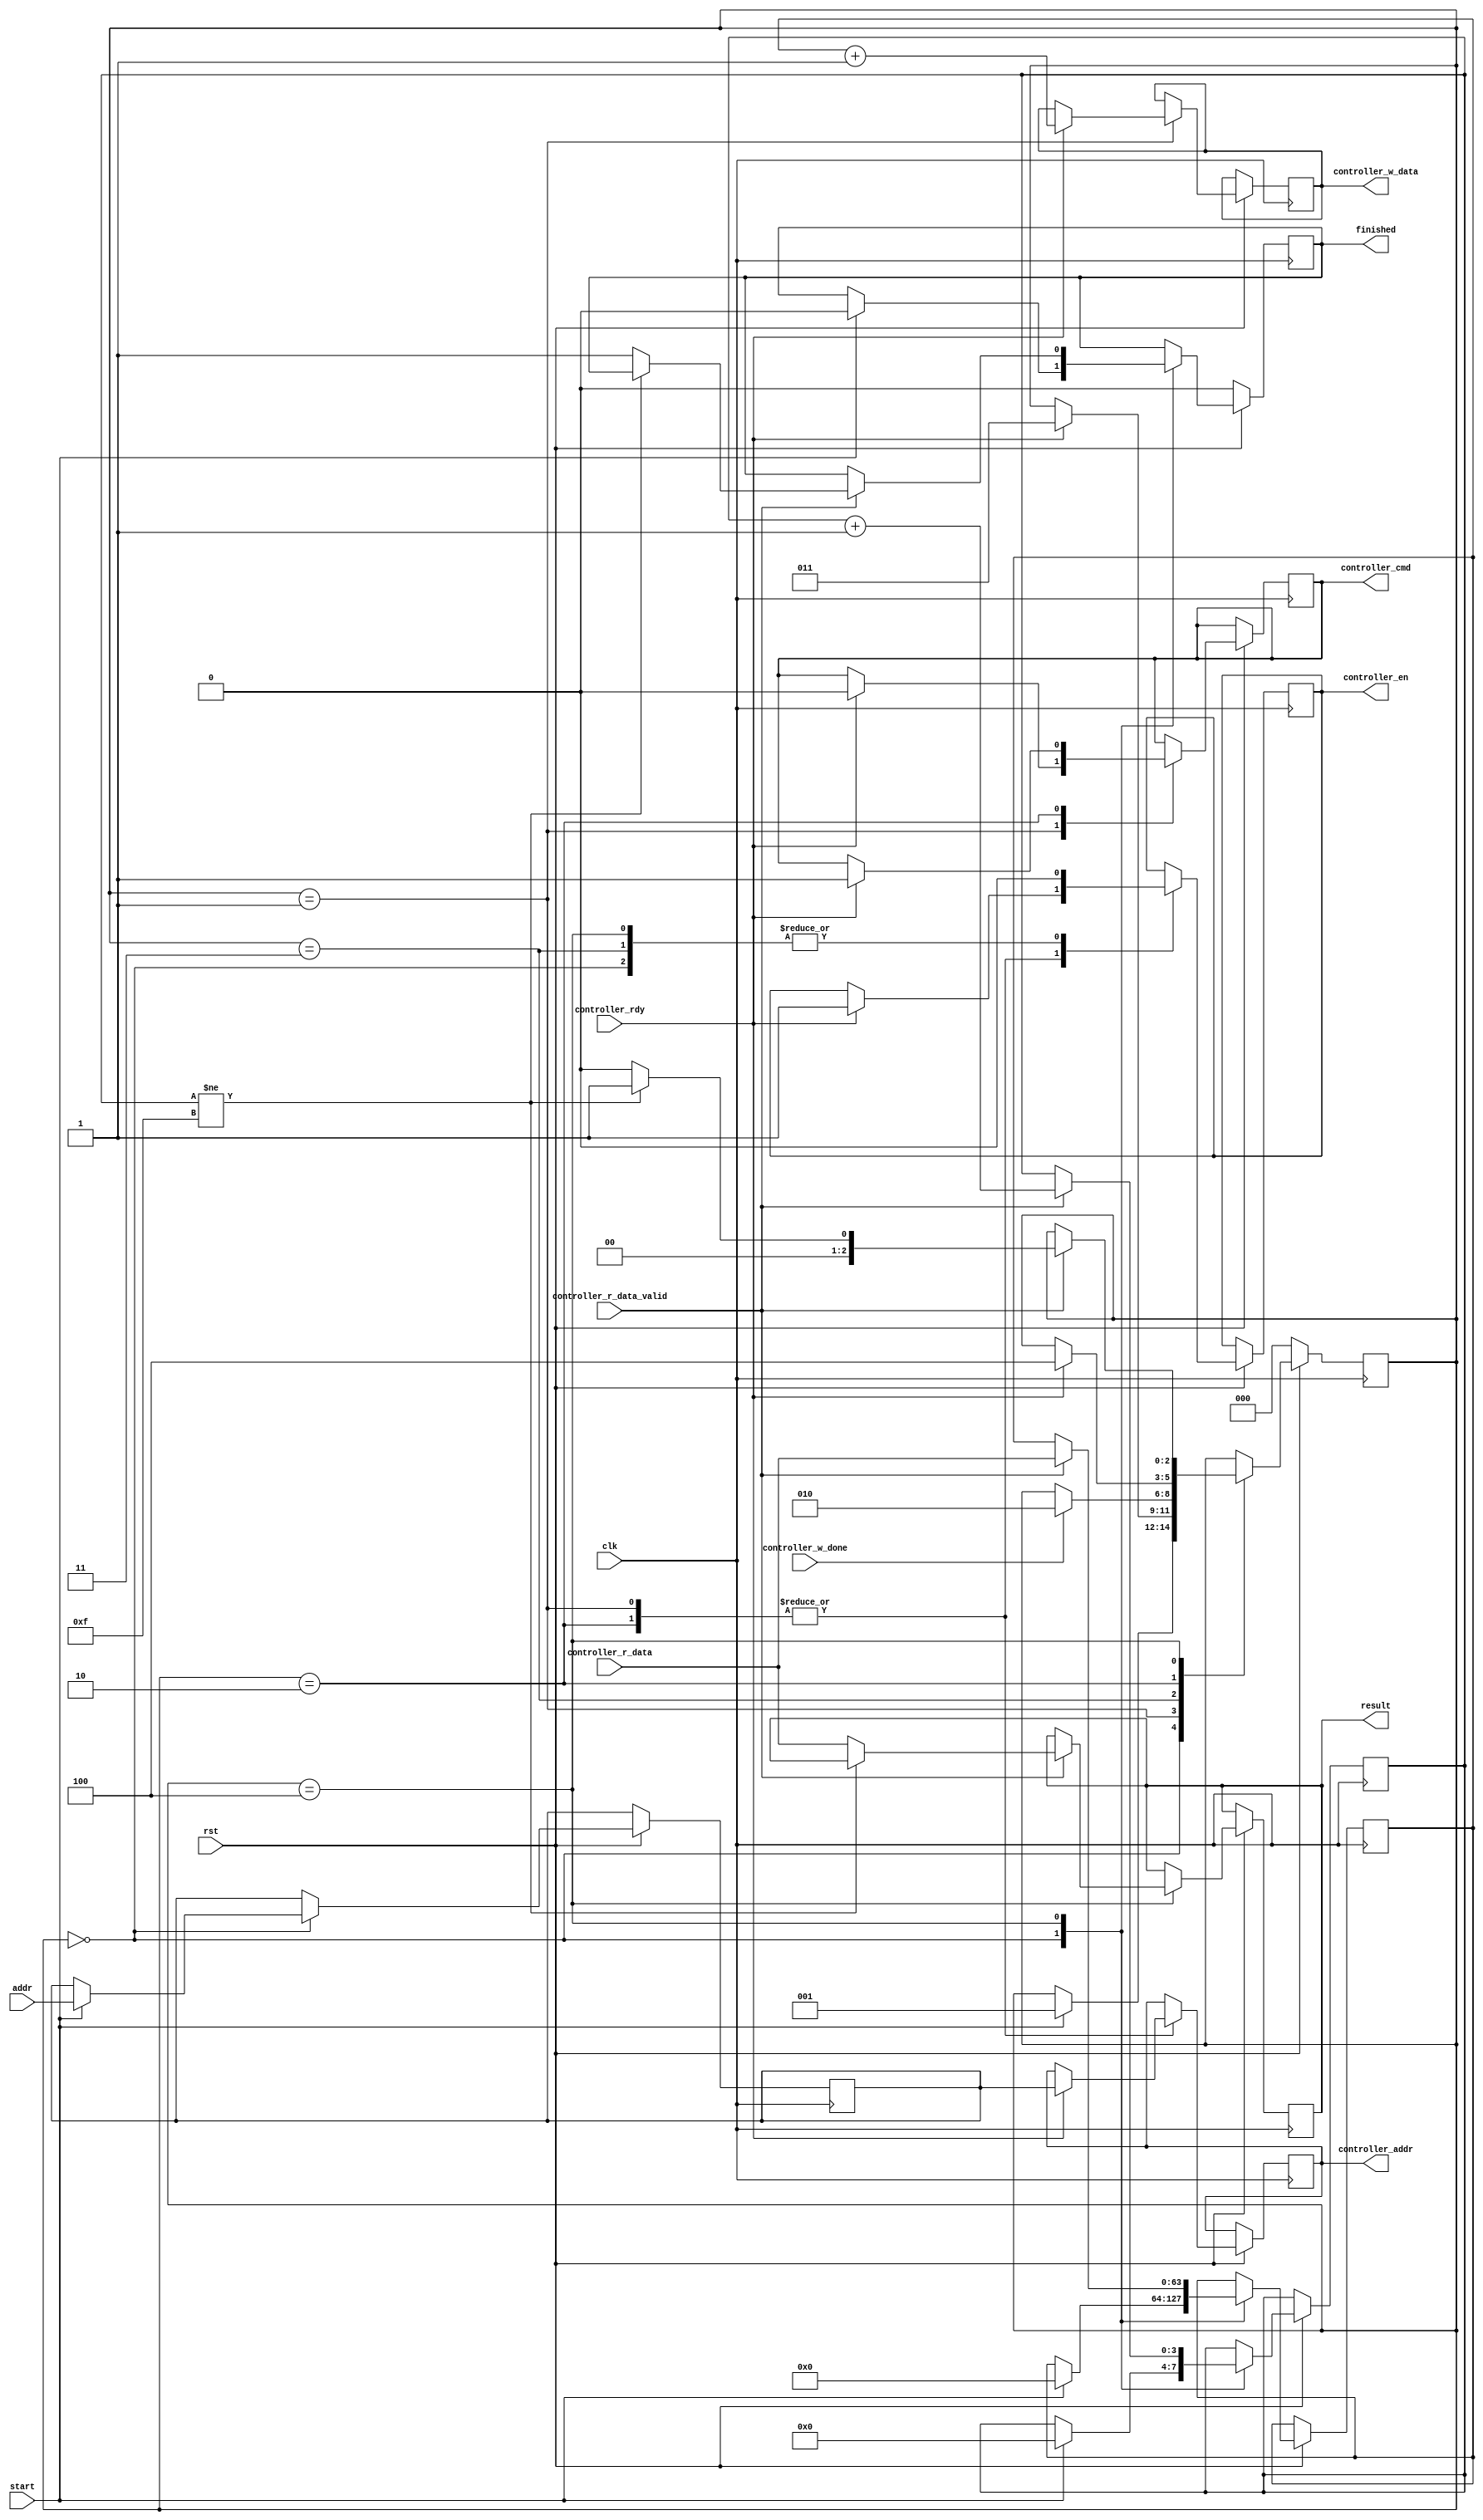
module client # 
(
    parameter DATA_WIDTH = 64,
    parameter ADDR_WIDTH = 28
) 
(
   input controller_rdy,
   input [DATA_WIDTH-1:0] controller_r_data,
   input controller_r_data_valid,
   input controller_w_done,
   output reg controller_cmd,
   output reg controller_en,
   output reg [DATA_WIDTH-1:0] controller_w_data,
   output reg [ADDR_WIDTH-1:0] controller_addr,
   
   input clk,
   input rst,
   input start,
   input [ADDR_WIDTH-1:0] addr,
   output reg [DATA_WIDTH-1:0] result,
   output reg finished
);

localparam IDLE = 3'd0;
localparam WRITE = 3'd1;
localparam READ = 3'd2;
localparam WAIT_WRITE = 3'd3;
localparam WAIT_READ = 3'd4;
reg [2:0] state = IDLE;
reg [3:0] count;
reg [ADDR_WIDTH-1:0] saddr; 
reg [DATA_WIDTH-1:0] sdata;
always @(posedge clk) begin
    if (!rst) begin
        state <= IDLE;
        finished <= 0;
    end else begin
        case (state)
            IDLE: begin
                controller_en <= 0;
                if (start) begin
                    state <= WRITE;
                    saddr <= addr;
                    count <= 4'b0000;
                    sdata <= 0;
                    finished <= 0;
                end
            end
            WRITE: begin
                if(controller_rdy) begin   
                    controller_en <= 1;
                    controller_cmd <= 0;
                    controller_w_data <= sdata + 1;
                    controller_addr  <= saddr;
                    state <= WAIT_WRITE;
                end
            end
            WAIT_WRITE: begin
                controller_en <= 0;
                if (controller_w_done) begin
                    state <= READ;
                end
            end
            READ: begin
                if(controller_rdy) begin
                    controller_en <= 1;
                    controller_cmd <= 1;
                    controller_addr  <= saddr;
                    state <= WAIT_READ;
                end
            end
            WAIT_READ: begin
                controller_en <= 0;
                if(controller_r_data_valid) begin
                    sdata <= controller_r_data;
                    count <= count + 1;
                    if(count != 15) begin
                        state <= WRITE;
                    end else begin
                        state <= IDLE;
                        result <= controller_r_data;
                        finished <= 1;
                    end
                end
            end
        endcase
    end
end
endmodule